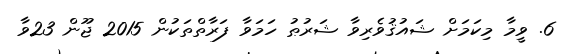
6. ވީމާ މިކަމަށް ޝައުޤުވެރިވާ ޝަރުޠު ހަމަވާ ފަރާތްތަކުން 2015 ޖޫން 23ވާ